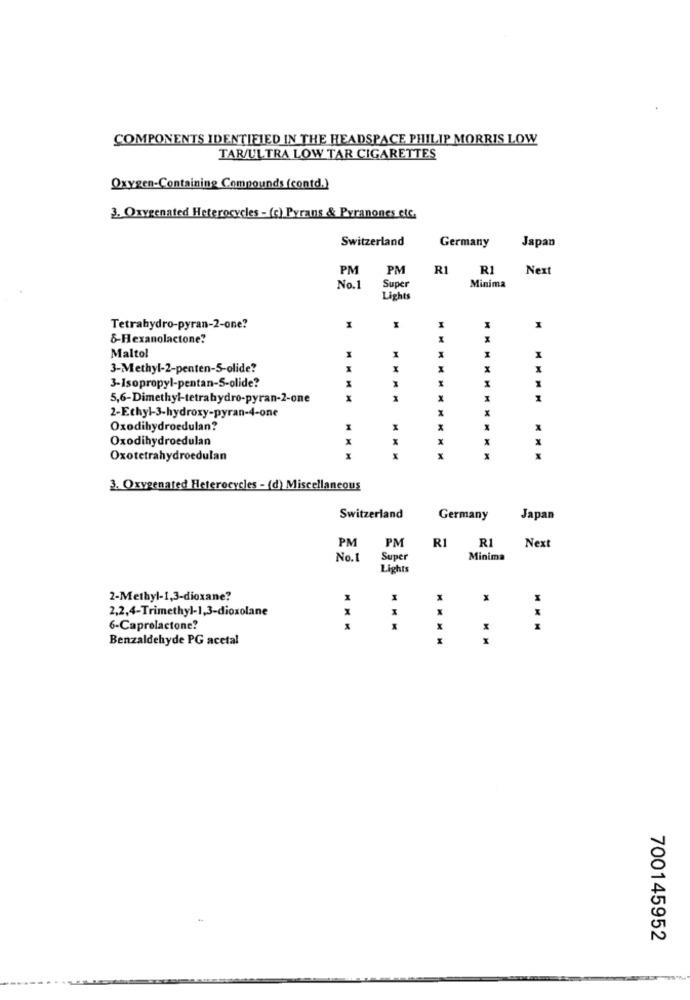
COMPONENTS IDENTIFIED IN THE HEADSPACE PHILIP MORRIS LOW
TAR/ULTRA LOW TAR CIGARETTES
Oxygen-Containing Compounds (contd.)
3. Oxygenated Heterocycles - (c) Pyrans & Pvranones etc.
Switzerland
Germany
Japan
PM
PM
R1
R1
Next
Super
Minima
No.1
Lights
Tetrahydro-pyran-2-one?
I
I
8-Hexanolactone?
Malto!
I
M
3-Methyl-2-penten-5-olide?
X
3-Isopropyl-pentan-5-olide?
5,6-Dimethyl-tetrahydro-pyran-2-one
x
H
2-Ethyl-3-hydroxy-pyran-4-one
H
Oxodihydroedulan?
Oxodihydroedulan
x
Oxotetrahydroedulan
x
x
x
3. Oxygenated Heterocycles - (d) Miscellaneous
Switzerland
Germany
Japan
PM
PM
R1
R1
Next
No.1
Super
Minima
Lights
2-Methyl-1,3-dioxane?
I
X
X
2,2,4-Trimethyl-1,3-dioxolane
6-Caprelactone?
X
Benzaldehyde PG acetal
MM
700145952